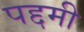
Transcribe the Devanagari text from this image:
पद्दमी